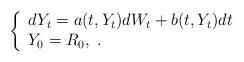
LaTeX: \begin{align*} \left \{ \begin{array}{lll} dY_{t} = a(t,Y_t)dW_t + b(t,Y_t)dt \\ Y_0 = R_0,\ . \end{array} \right . \end{align*}